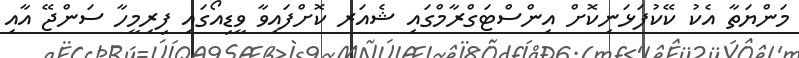
މަންޔަތާ އެކު ކޭކުފަޅަނިކޮށް އިންސްޓަގްރާމްގައި ޝެއަރ ކޮށްފައިވާ ވީޑިއޯގައި ފިރިމީހާ ސަންޖޭ އާއި